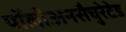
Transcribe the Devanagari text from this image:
पॉलीअनसैचुरेटेड